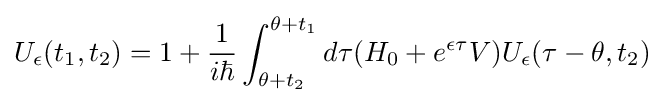
U_{\epsilon }(t_{1},t_{2})=1+{\frac {1}{i\hbar }}\int _{\theta +t_{2}}^{\theta +t_{1}}d\tau (H_{0}+e^{\epsilon \tau }V)U_{\epsilon }(\tau -\theta ,t_{2})